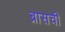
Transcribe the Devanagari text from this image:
ब्रासची